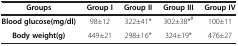
| Groups | Group I | Group II | Group III | Group IV |
 | --- | --- | --- | --- | --- |
 | Blood glucose(mg/dl) | 98±12 | 322±41* | 302±38*# | 100±11 |
 | Body weight(g) | 449±21 | 298±16* | 324±19* | 476±27 |